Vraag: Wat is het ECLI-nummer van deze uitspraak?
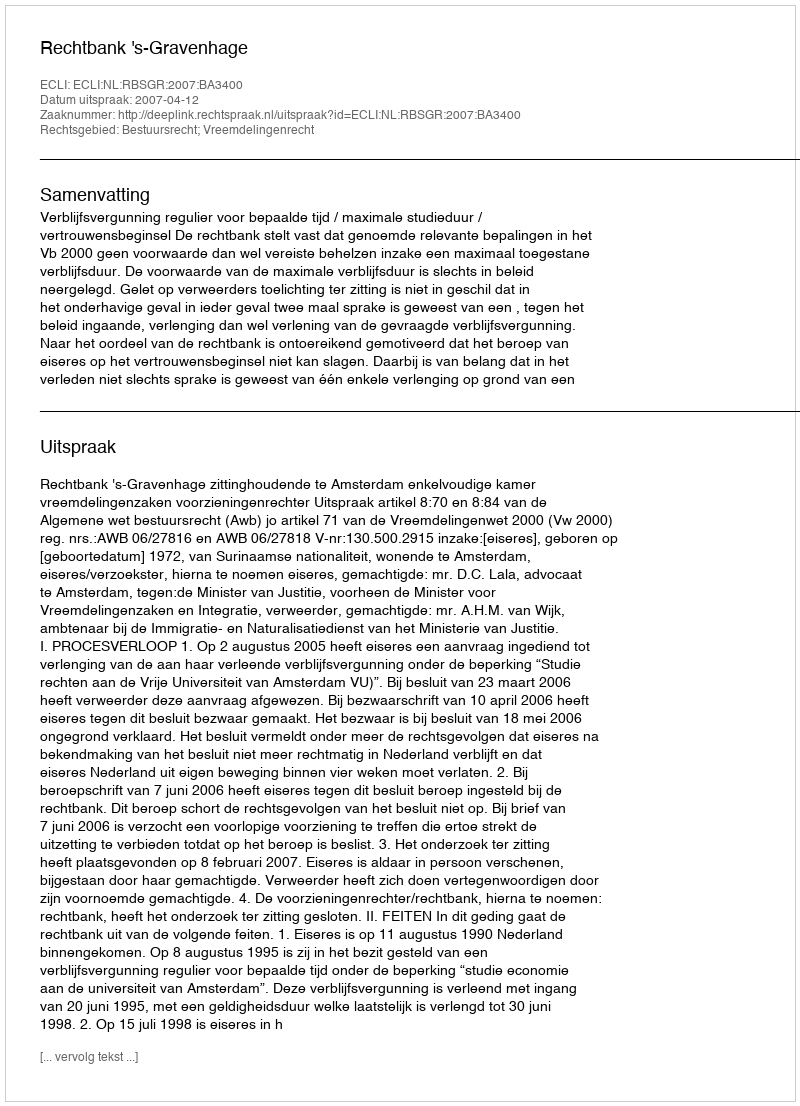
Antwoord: ECLI:NL:RBSGR:2007:BA3400